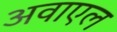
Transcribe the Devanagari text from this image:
अवाएल